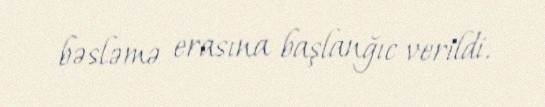
bəsləmə erasına başlanğıc verildi.